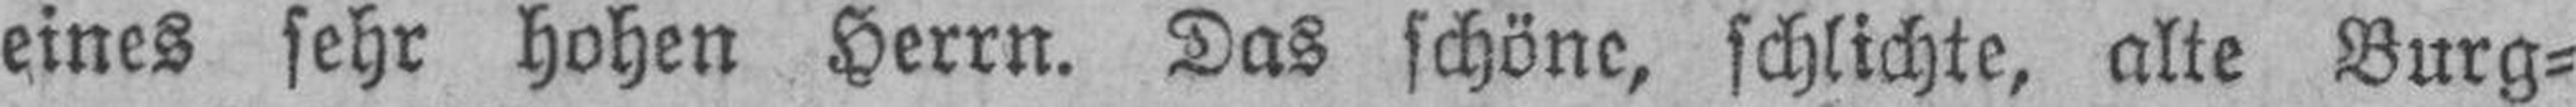
eines sehr hohen Herrn. Das schöne, schlichte, alte Burg¬